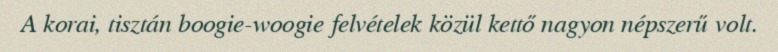
A korai, tisztán boogie-woogie felvételek közül kettő nagyon népszerű volt.